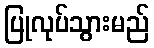
ပြုလုပ်သွားမည်